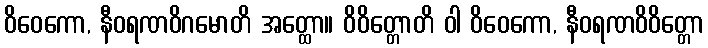
ဝိဝေကော, နီဝရဏဝိဂမောတိ အတ္ထော။ ဝိဝိတ္တောတိ ဝါ ဝိဝေကော, နီဝရဏဝိဝိတ္တော